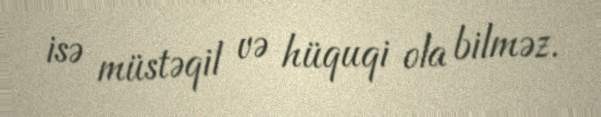
isə müstəqil və hüquqi ola bilməz.